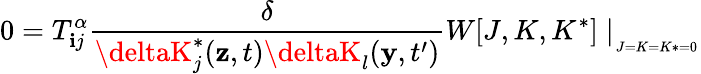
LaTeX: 0=T_{\mathbf{i}j}^{\alpha}\frac{{\delta}}{{\deltaK_{j}^{*}(\mathbf{{z}},t)\deltaK_{l}(\mathbf{{y}},t^{\prime})}}W[J,K,K^{*}]\mid_{_{_{J=K=K*=0}}}